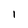
Character: 1